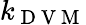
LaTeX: k_{\mathrm{~D~V~M~}}